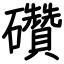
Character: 礸